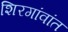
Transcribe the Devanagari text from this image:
शिरगांवांत